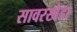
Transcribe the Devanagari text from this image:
सावरखेडा